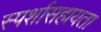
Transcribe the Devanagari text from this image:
स्पर्शासहायता